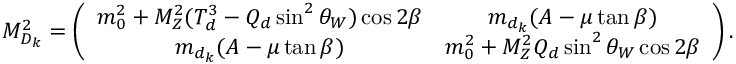
{ \cal M } _ { D _ { k } } ^ { 2 } = \left( \begin{array} { c c } { { m _ { 0 } ^ { 2 } + M _ { Z } ^ { 2 } ( T _ { d } ^ { 3 } - Q _ { d } \sin ^ { 2 } \theta _ { W } ) \cos 2 \beta } } & { { m _ { d _ { k } } ( A - \mu \tan \beta ) } } \\ { { m _ { d _ { k } } ( A - \mu \tan \beta ) } } & { { m _ { 0 } ^ { 2 } + M _ { Z } ^ { 2 } Q _ { d } \sin ^ { 2 } \theta _ { W } \cos 2 \beta } } \end{array} \right) .